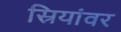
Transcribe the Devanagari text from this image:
स्रियांवर